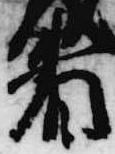
者